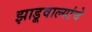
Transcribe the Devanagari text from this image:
झाडूवाल्यांचे